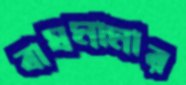
বাঘমামার